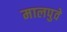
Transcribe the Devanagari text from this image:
मालपुवे